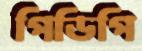
পিডিপি